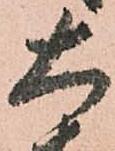
大